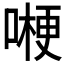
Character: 𠼰